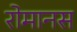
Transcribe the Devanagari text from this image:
रोमानस